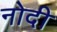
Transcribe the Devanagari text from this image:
नोदी